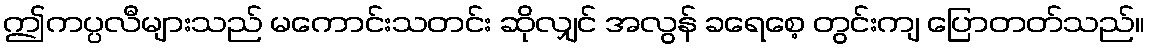
ဤကပ္ပလီများသည် မကောင်းသတင်း ဆိုလျှင် အလွန် ခရေစေ့ တွင်းကျ ပြောတတ်သည်။